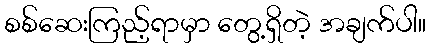
စစ်ဆေးကြည့်ရာမှာ တွေ့ရှိတဲ့ အချက်ပါ။